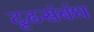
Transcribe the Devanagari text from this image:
दृढसंबंध